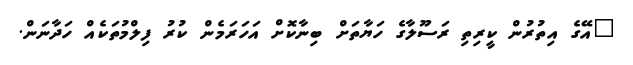
"އޭގެ އިތުރުން ކީރިތި ރަސޫލާގެ ހަޔާތަށް ބިނާކޮށް އަހަރަމެން ކުރު ފިލްމުތަކެއް ހަދާނަން.